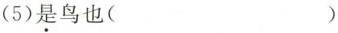
(5)是鸟也( )